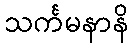
သင်္ကမနာနိ